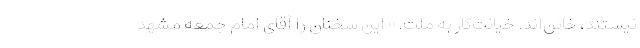
نیستند، خائن‌اند. خیانت‌کار به ملت.» این سخنان را آقای امام جمعه مشهد